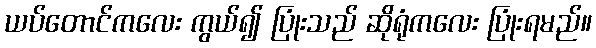
ယပ်တောင်ကလေး ကွယ်၍ ပြုံးသည် ဆိုရုံကလေး ပြုံးရမည်။